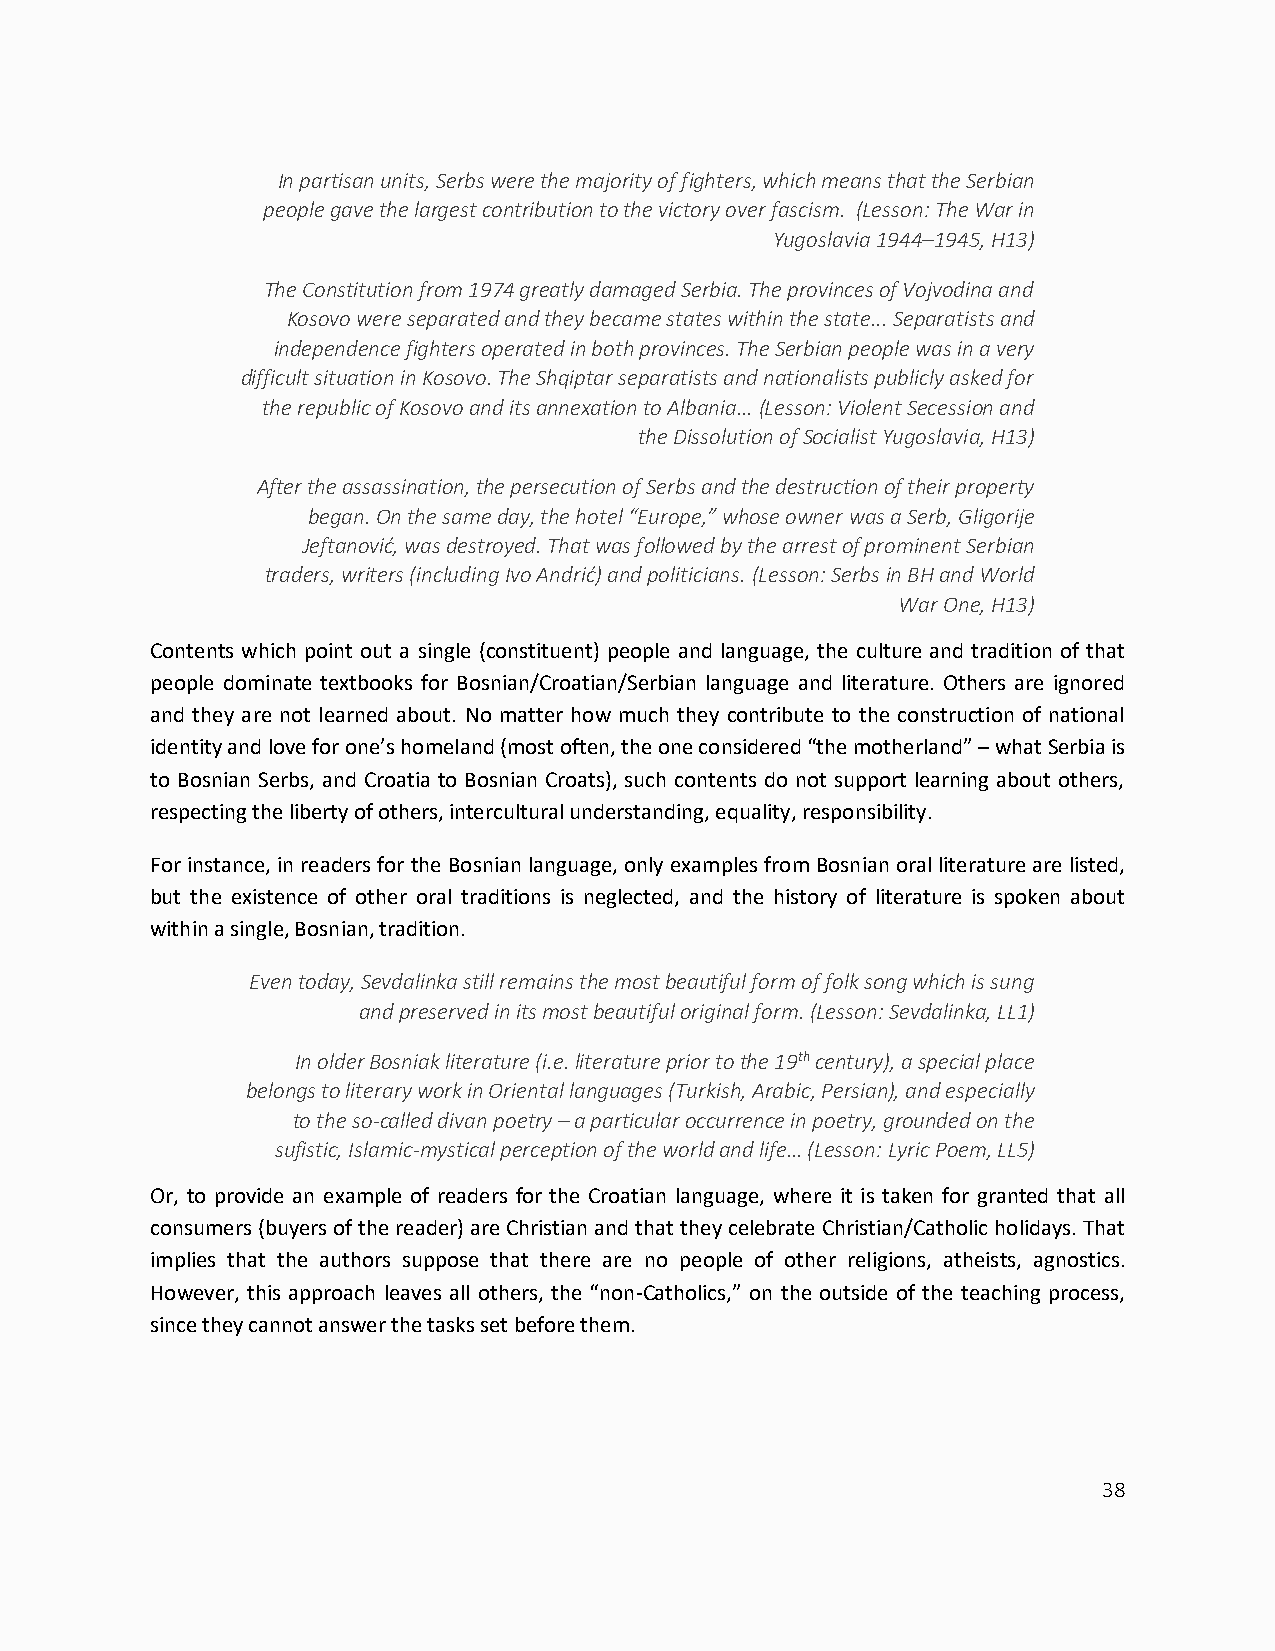
In partisan units, Serbs were the majority of fighters, which means that the Serbian
 people gave the largest contribution to the victory over fascism. (Lesson: The War in
 Yugoslavia 1944–1945, H13)
 The Constitution from 1974 greatly damaged Serbia. The provinces of Vojvodina and
 Kosovo were separated and they became states within the state... Separatists and
 independence fighters operated in both provinces. The Serbian people was in a very
 difficult situation in Kosovo. The Shqiptar separatists and nationalists publicly asked for
 the republic of Kosovo and its annexation to Albania… (Lesson: Violent Secession and
 the Dissolution of Socialist Yugoslavia, H13)
 After the assassination, the persecution of Serbs and the destruction of their property
 began. On the same day, the hotel “Europe,” whose owner was a Serb, Gligorije
 Jeftanović, was destroyed. That was followed by the arrest of prominent Serbian
 traders, writers (including Ivo Andrić) and politicians. (Lesson: Serbs in BH and World
 War One, H13)
 Contents which point out a single (constituent) people and language, the culture and tradition of that
 people dominate textbooks for Bosnian/Croatian/Serbian language and literature. Others are ignored
 and they are not learned about. No matter how much they contribute to the construction of national
 identity and love for one’s homeland (most often, the one considered “the motherland” – what Serbia is
 to Bosnian Serbs, and Croatia to Bosnian Croats), such contents do not support learning about others,
 respecting the liberty of others, intercultural understanding, equality, responsibility.
 For instance, in readers for the Bosnian language, only examples from Bosnian oral literature are listed,
 but the existence of other oral traditions is neglected, and the history of literature is spoken about
 within a single, Bosnian, tradition.
 Even today, Sevdalinka still remains the most beautiful form of folk song which is sung
 and preserved in its most beautiful original form. (Lesson: Sevdalinka, LL1)
 In older Bosniak literature (i.e. literature prior to the 19th century), a special place
 belongs to literary work in Oriental languages (Turkish, Arabic, Persian), and especially
 to the so-called divan poetry – a particular occurrence in poetry, grounded on the
 sufistic, Islamic-mystical perception of the world and life… (Lesson: Lyric Poem, LL5)
 Or, to provide an example of readers for the Croatian language, where it is taken for granted that all
 consumers (buyers of the reader) are Christian and that they celebrate Christian/Catholic holidays. That
 implies that the authors suppose that there are no people of other religions, atheists, agnostics.
 However, this approach leaves all others, the “non-Catholics,” on the outside of the teaching process,
 since they cannot answer the tasks set before them.
 38